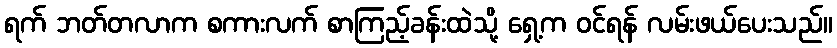
ရက် ဘတ်တလာက စကားလက် စာကြည့်ခန်းထဲသို့ ရှေ့က ဝင်ရန် လမ်းဖယ်ပေးသည်။